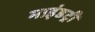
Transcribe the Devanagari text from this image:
माइंडट्री